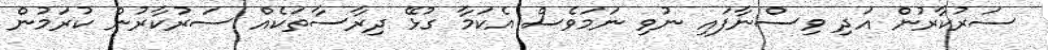
ސަރުކާރުން އަދި ވިސްނާފައި ނުވި ނަމަވެސް އެކަމާ ގުޅޭ ދިރާސާތަކެއް ސަރުކާރުން ކުރަމުން